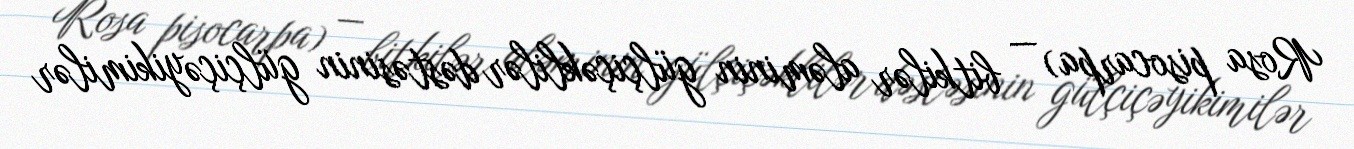
Rosa pisocarpa) — bitkilər aləminin gülçiçəklilər dəstəsinin gülçiçəyikimilər